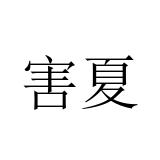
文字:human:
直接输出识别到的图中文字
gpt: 害夏